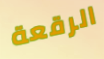
الرقعة